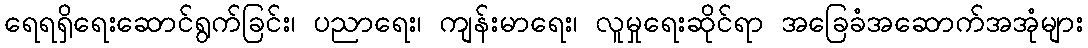
ရေရရှိရေးဆောင်ရွက်ခြင်း၊ ပညာရေး၊ ကျန်းမာရေး၊ လူမှုရေးဆိုင်ရာ အခြေခံအဆောက်အအုံများ